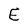
Character: E